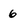
Character: 6